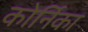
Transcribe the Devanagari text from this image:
कोर्निका